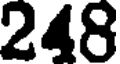
248